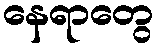
နေရာတွေ